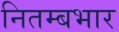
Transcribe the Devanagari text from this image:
नितम्बभार